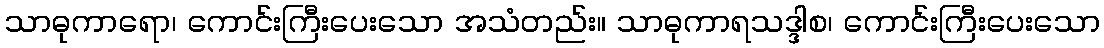
သာဓုကာရော၊ ကောင်းကြီးပေးသော အသံတည်း။ သာဓုကာရသဒ္ဒါစ၊ ကောင်းကြီးပေးသော